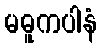
မဓူကပါနံ